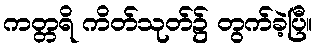
ကတ္တရိ ကိတ်သုတ်၌ တွက်ခဲ့ပြီ။